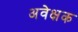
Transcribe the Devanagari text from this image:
अवेक्षक